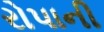
રોપાની